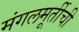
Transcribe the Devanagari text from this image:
मंगलमूर्तीची